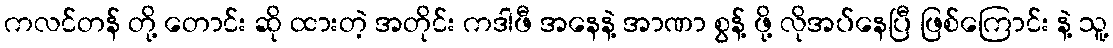
ကလင်တန် တို့ တောင်း ဆို ထားတဲ့ အတိုင်း ကဒါဖီ အနေနဲ့ အာဏာ စွန့် ဖို့ လိုအပ်နေပြီ ဖြစ်ကြောင်း နဲ့ သူ့